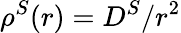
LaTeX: \rho^{S}(r)=D^{S}/r^{2}